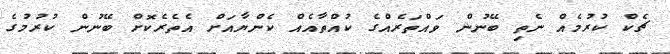
ޗެކް ކުރުމެއް ނެތި ބޭނުން ވައްތަރެއްގެ ކުއްތާއެއް ކެންޔާއަށް އެތެރެކޮށް ބޭނުން ކުރުމުގެ